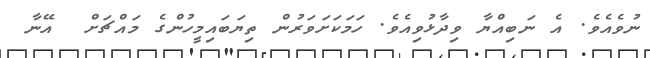
ނުވެއެވެ. އެ ނަބިއްޔާ ވިދާޅުވިއެވެ. ހަމަކަށަވަރުން ތިޔަބައިމީހުންގެ މައްޗަށް  އޭނާ